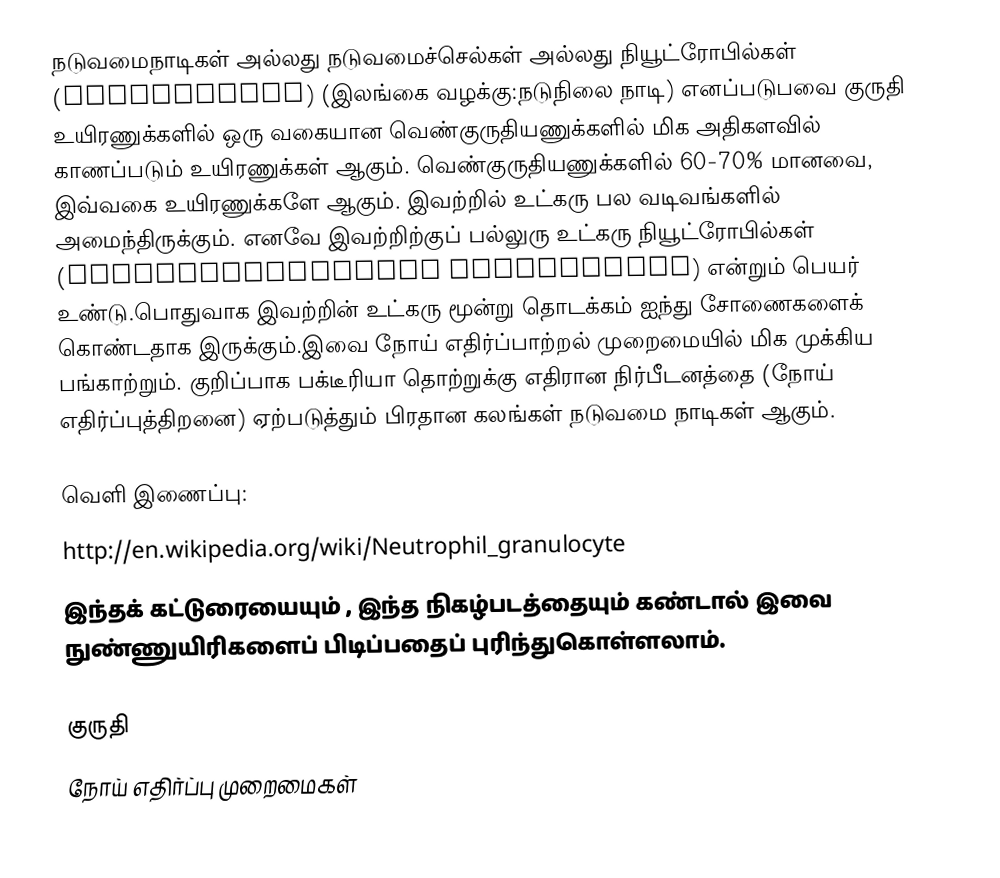
நடுவமைநாடிகள் அல்லது நடுவமைச்செல்கள் அல்லது நியூட்ரோபில்கள் (Neutrophils) (இலங்கை வழக்கு:நடுநிலை நாடி) எனப்படுபவை குருதி உயிரணுக்களில் ஒரு வகையான வெண்குருதியணுக்களில் மிக அதிகளவில் காணப்படும் உயிரணுக்கள் ஆகும். வெண்குருதியணுக்களில் 60-70% மானவை, இவ்வகை உயிரணுக்களே ஆகும். இவற்றில் உட்கரு பல வடிவங்களில் அமைந்திருக்கும். எனவே இவற்றிற்குப் பல்லுரு உட்கரு நியூட்ரோபில்கள் (Polymorphonuclear Neutrophils) என்றும் பெயர் உண்டு.பொதுவாக இவற்றின் உட்கரு மூன்று தொடக்கம் ஐந்து சோணைகளைக் கொண்டதாக இருக்கும்.இவை நோய் எதிர்ப்பாற்றல் முறைமையில் மிக முக்கிய பங்காற்றும். குறிப்பாக பக்டீரியா தொற்றுக்கு எதிரான நிர்பீடனத்தை (நோய் எதிர்ப்புத்திறனை) ஏற்படுத்தும் பிரதான கலங்கள் நடுவமை நாடிகள் ஆகும்.

வெளி இணைப்பு:
 http://en.wikipedia.org/wiki/Neutrophil_granulocyte
 இந்தக் கட்டுரையையும் , இந்த நிகழ்படத்தையும் கண்டால் இவை நுண்ணுயிரிகளைப் பிடிப்பதைப் புரிந்துகொள்ளலாம்.

குருதி
நோய் எதிர்ப்பு முறைமைகள்